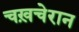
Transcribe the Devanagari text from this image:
चख़चेरान